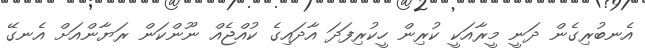
އެނބުރިގެން ދަނީ މީރާއަކީ ކުރިން ހީކުރިފަދަ އާދައިގެ ކުއްޖެއް ނޫންކަން ރަޔާންއަށް އެނގޭ